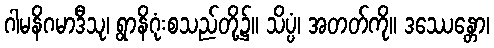
ဂါမနိဂမာဒီသု၊ ရွာနိဂုံးစသည်တို့၌။ သိပ္ပံ၊ အတတ်ကို။ ဒဿေန္တော၊